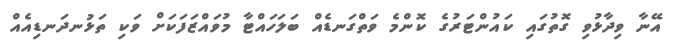
އޭނާ ވިދާޅުވި ގޮތުގައި ކައުންޓަރުގެ ކޮންމެ ވަތްގަނޑެއް ބަލަހައްޓާ މުވައްޒަފަކަށް ވަކި ތަޅުނދަނޑިއެއް